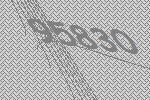
95830